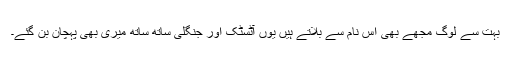
بہت سے لوگ مجھے بھی اس نام سے بلاتے ہیں یوں آٹسٹک اور جنگلی ساتھ ساتھ میری بھی پہچان بن گئے۔